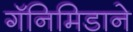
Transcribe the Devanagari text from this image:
गॅनिमिडाने